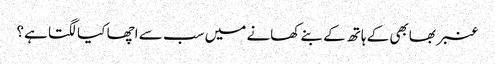
عنبر بھابھی کے ہاتھ کے بنے کھانے میں سب سے اچھا کیا لگتا ہے؟